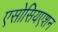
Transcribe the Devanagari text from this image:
एसोसियएशन